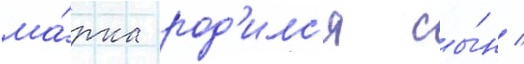
ма́рка род'илс'я сы́н /